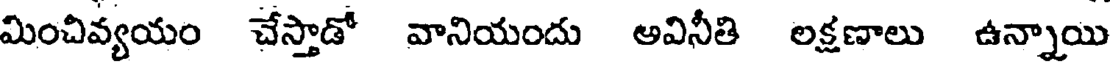
మించివ్యయం చేస్తాడో వానియందు అవినీతి లక్షణాలు ఉన్నాయి